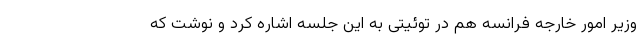
وزیر امور خارجه فرانسه هم در توئیتی به این جلسه اشاره کرد و نوشت که